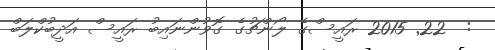
:  22